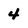
Character: 4